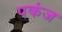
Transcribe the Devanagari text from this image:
पकंज